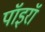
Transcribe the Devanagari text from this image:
पॉइरॉ